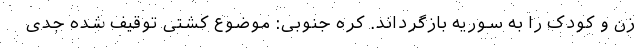
زن و کودک را به سوریه بازگرداند. کره جنوبی: موضوع کشتی توقیف شده جدی